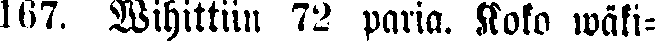
167. Wihittiin 72 paria. Koko wäki-